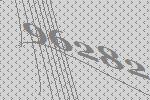
96282